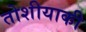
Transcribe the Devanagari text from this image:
तोशीयाकी